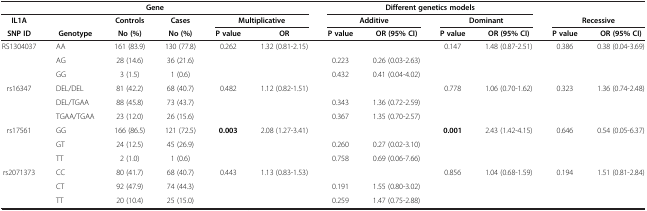
<table><thead><tr><td colspan="6"><b>Gene</b></td><td colspan="4"><b>Different genetics models</b></td><td colspan="2">[EMPTY_CELL]</td></tr><tr><td><b>IL1A</b></td><td>[EMPTY_CELL]</td><td><b>Controls</b></td><td><b>Cases</b></td><td colspan="2"><b>Multiplicative</b></td><td colspan="2"><b>Additive</b></td><td colspan="2"><b>Dominant</b></td><td colspan="2"><b>Recessive</b></td></tr><tr><td><b>SNP ID</b></td><td><b>Genotype</b></td><td><b>No (%)</b></td><td><b>No (%)</b></td><td><b>P value</b></td><td><b>OR</b></td><td><b>P value</b></td><td><b>OR (95% CI)</b></td><td><b>P value</b></td><td><b>OR (95% CI)</b></td><td><b>P value</b></td><td><b>OR (95% CI)</b></td></tr></thead><tbody><tr><td rowspan="3">RS1304037</td><td>AA</td><td>161 (83.9)</td><td>130 (77.8)</td><td>0.262</td><td>1.32 (0.81-2.15)</td><td>[EMPTY_CELL]</td><td>[EMPTY_CELL]</td><td>0.147</td><td>1.48 (0.87-2.51)</td><td>0.386</td><td>0.38 (0.04-3.69)</td></tr><tr><td>AG</td><td>28 (14.6)</td><td>36 (21.6)</td><td>[EMPTY_CELL]</td><td>[EMPTY_CELL]</td><td>0.223</td><td>0.26 (0.03-2.63)</td><td>[EMPTY_CELL]</td><td>[EMPTY_CELL]</td><td>[EMPTY_CELL]</td><td>[EMPTY_CELL]</td></tr><tr><td>GG</td><td>3 (1.5)</td><td>1 (0.6)</td><td>[EMPTY_CELL]</td><td>[EMPTY_CELL]</td><td>0.432</td><td>0.41 (0.04-4.02)</td><td>[EMPTY_CELL]</td><td>[EMPTY_CELL]</td><td>[EMPTY_CELL]</td><td>[EMPTY_CELL]</td></tr><tr><td rowspan="3">rs16347</td><td>DEL/DEL</td><td>81 (42.2)</td><td>68 (40.7)</td><td>0.482</td><td>1.12 (0.82-1.51)</td><td>[EMPTY_CELL]</td><td>[EMPTY_CELL]</td><td>0.778</td><td>1.06 (0.70-1.62)</td><td>0.323</td><td>1.36 (0.74-2.48)</td></tr><tr><td>DEL/TGAA</td><td>88 (45.8)</td><td>73 (43.7)</td><td>[EMPTY_CELL]</td><td>[EMPTY_CELL]</td><td>0.343</td><td>1.36 (0.72-2.59)</td><td>[EMPTY_CELL]</td><td>[EMPTY_CELL]</td><td>[EMPTY_CELL]</td><td>[EMPTY_CELL]</td></tr><tr><td>TGAA/TGAA</td><td>23 (12.0)</td><td>26 (15.6)</td><td>[EMPTY_CELL]</td><td>[EMPTY_CELL]</td><td>0.367</td><td>1.35 (0.70-2.57)</td><td>[EMPTY_CELL]</td><td>[EMPTY_CELL]</td><td>[EMPTY_CELL]</td><td>[EMPTY_CELL]</td></tr><tr><td rowspan="3">rs17561</td><td>GG</td><td>166 (86.5)</td><td>121 (72.5)</td><td><b>0.003</b></td><td>2.08 (1.27-3.41)</td><td>[EMPTY_CELL]</td><td>[EMPTY_CELL]</td><td><b>0.001</b></td><td>2.43 (1.42-4.15)</td><td>0.646</td><td>0.54 (0.05-6.37)</td></tr><tr><td>GT</td><td>24 (12.5)</td><td>45 (26.9)</td><td>[EMPTY_CELL]</td><td>[EMPTY_CELL]</td><td>0.260</td><td>0.27 (0.02-3.10)</td><td>[EMPTY_CELL]</td><td>[EMPTY_CELL]</td><td>[EMPTY_CELL]</td><td>[EMPTY_CELL]</td></tr><tr><td>TT</td><td>2 (1.0)</td><td>1 (0.6)</td><td>[EMPTY_CELL]</td><td>[EMPTY_CELL]</td><td>0.758</td><td>0.69 (0.06-7.66)</td><td>[EMPTY_CELL]</td><td>[EMPTY_CELL]</td><td>[EMPTY_CELL]</td><td>[EMPTY_CELL]</td></tr><tr><td rowspan="3">rs2071373</td><td>CC</td><td>80 (41.7)</td><td>68 (40.7)</td><td>0.443</td><td>1.13 (0.83-1.53)</td><td>[EMPTY_CELL]</td><td>[EMPTY_CELL]</td><td>0.856</td><td>1.04 (0.68-1.59)</td><td>0.194</td><td>1.51 (0.81-2.84)</td></tr><tr><td>CT</td><td>92 (47.9)</td><td>74 (44.3)</td><td>[EMPTY_CELL]</td><td>[EMPTY_CELL]</td><td>0.191</td><td>1.55 (0.80-3.02)</td><td>[EMPTY_CELL]</td><td>[EMPTY_CELL]</td><td>[EMPTY_CELL]</td><td>[EMPTY_CELL]</td></tr><tr><td>TT</td><td>20 (10.4)</td><td>25 (15.0)</td><td>[EMPTY_CELL]</td><td>[EMPTY_CELL]</td><td>0.259</td><td>1.47 (0.75-2.88)</td><td>[EMPTY_CELL]</td><td>[EMPTY_CELL]</td><td>[EMPTY_CELL]</td><td>[EMPTY_CELL]</td></tr></tbody></table>